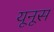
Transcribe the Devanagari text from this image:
यूनूस